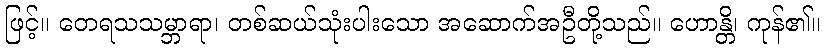
ဖြင့်။ တေရသသမ္ဘာရာ၊ တစ်ဆယ်သုံးပါးသော အဆောက်အဦတို့သည်။ ဟောန္တိ၊ ကုန်၏။